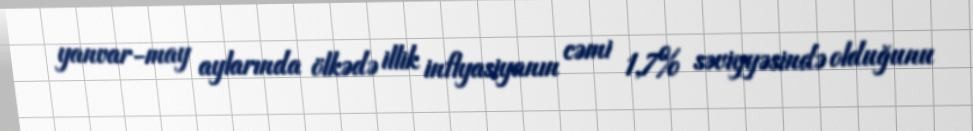
yanvar-may aylarında ölkədə illik inflyasiyanın cəmi 1,7% səviyyəsində olduğunu